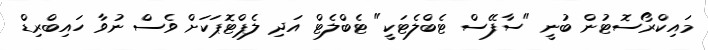
މައިކްރޯސޮޓުން ބުނީ "ސާފޭސް ޓެބްލެޓަކީ" ޓެބްލެޓް އަދި ލެޕްޓޮޕަކަށް ވެސް ނުވާ ހައިބްރިޑް